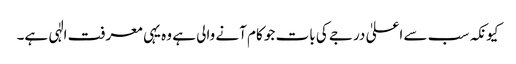
کیونکہ سب سے اعلیٰ درجے کی بات جو کام آنے والی ہے وہ یہی معرفت الٰہی ہے۔